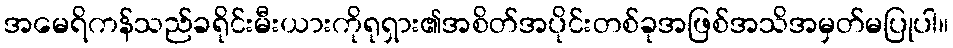
အမေရိကန်သည်ခရိုင်းမီးယားကိုရုရှား၏အစိတ်အပိုင်းတစ်ခုအဖြစ်အသိအမှတ်မပြုပါ။